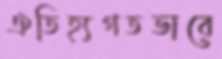
ঐতিহ্যগতভাবে